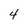
Character: 4